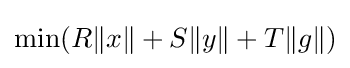
\min(R\|x\|+S\|y\|+T\|g\|)